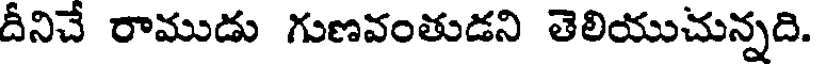
దీనిచే రాముడు గుణవంతుడని తెలియుచున్నది.